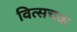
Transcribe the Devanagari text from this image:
वित्सचक